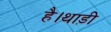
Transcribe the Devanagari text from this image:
है।थाड़ी